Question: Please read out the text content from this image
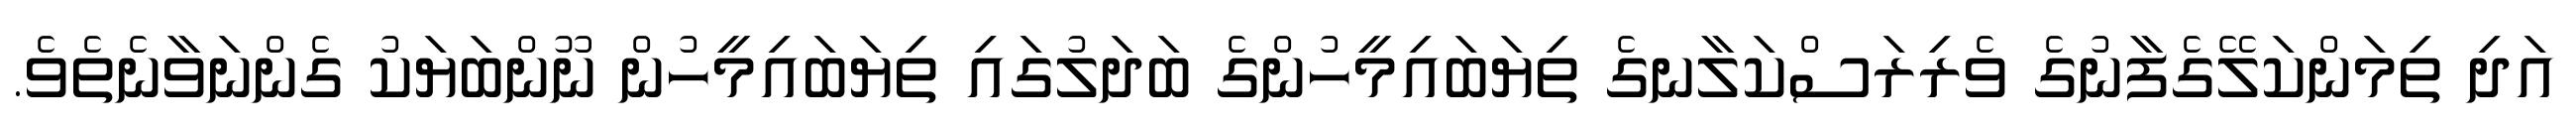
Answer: އަދި ތިމަންކަލޭގެފާނުގެ ވެރިރަސްކަލާނގެ ތިޔަބައިމީހުންގެ ބަދަލުގައި ތިޔަބައިމީހުން ނޫންބަޔަކު ގެންނަވާނެތެވެ.